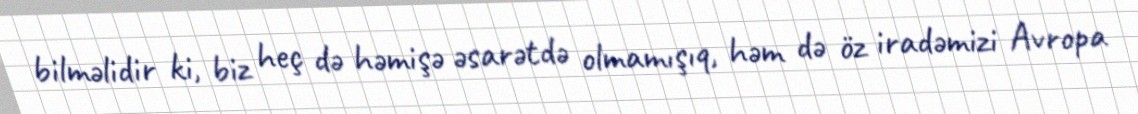
bilməlidir ki, biz heç də həmişə əsarətdə olmamışıq, həm də öz iradəmizi Avropa